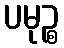
ပမုဉ္စ